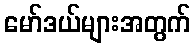
မော်ဒယ်များအတွက်